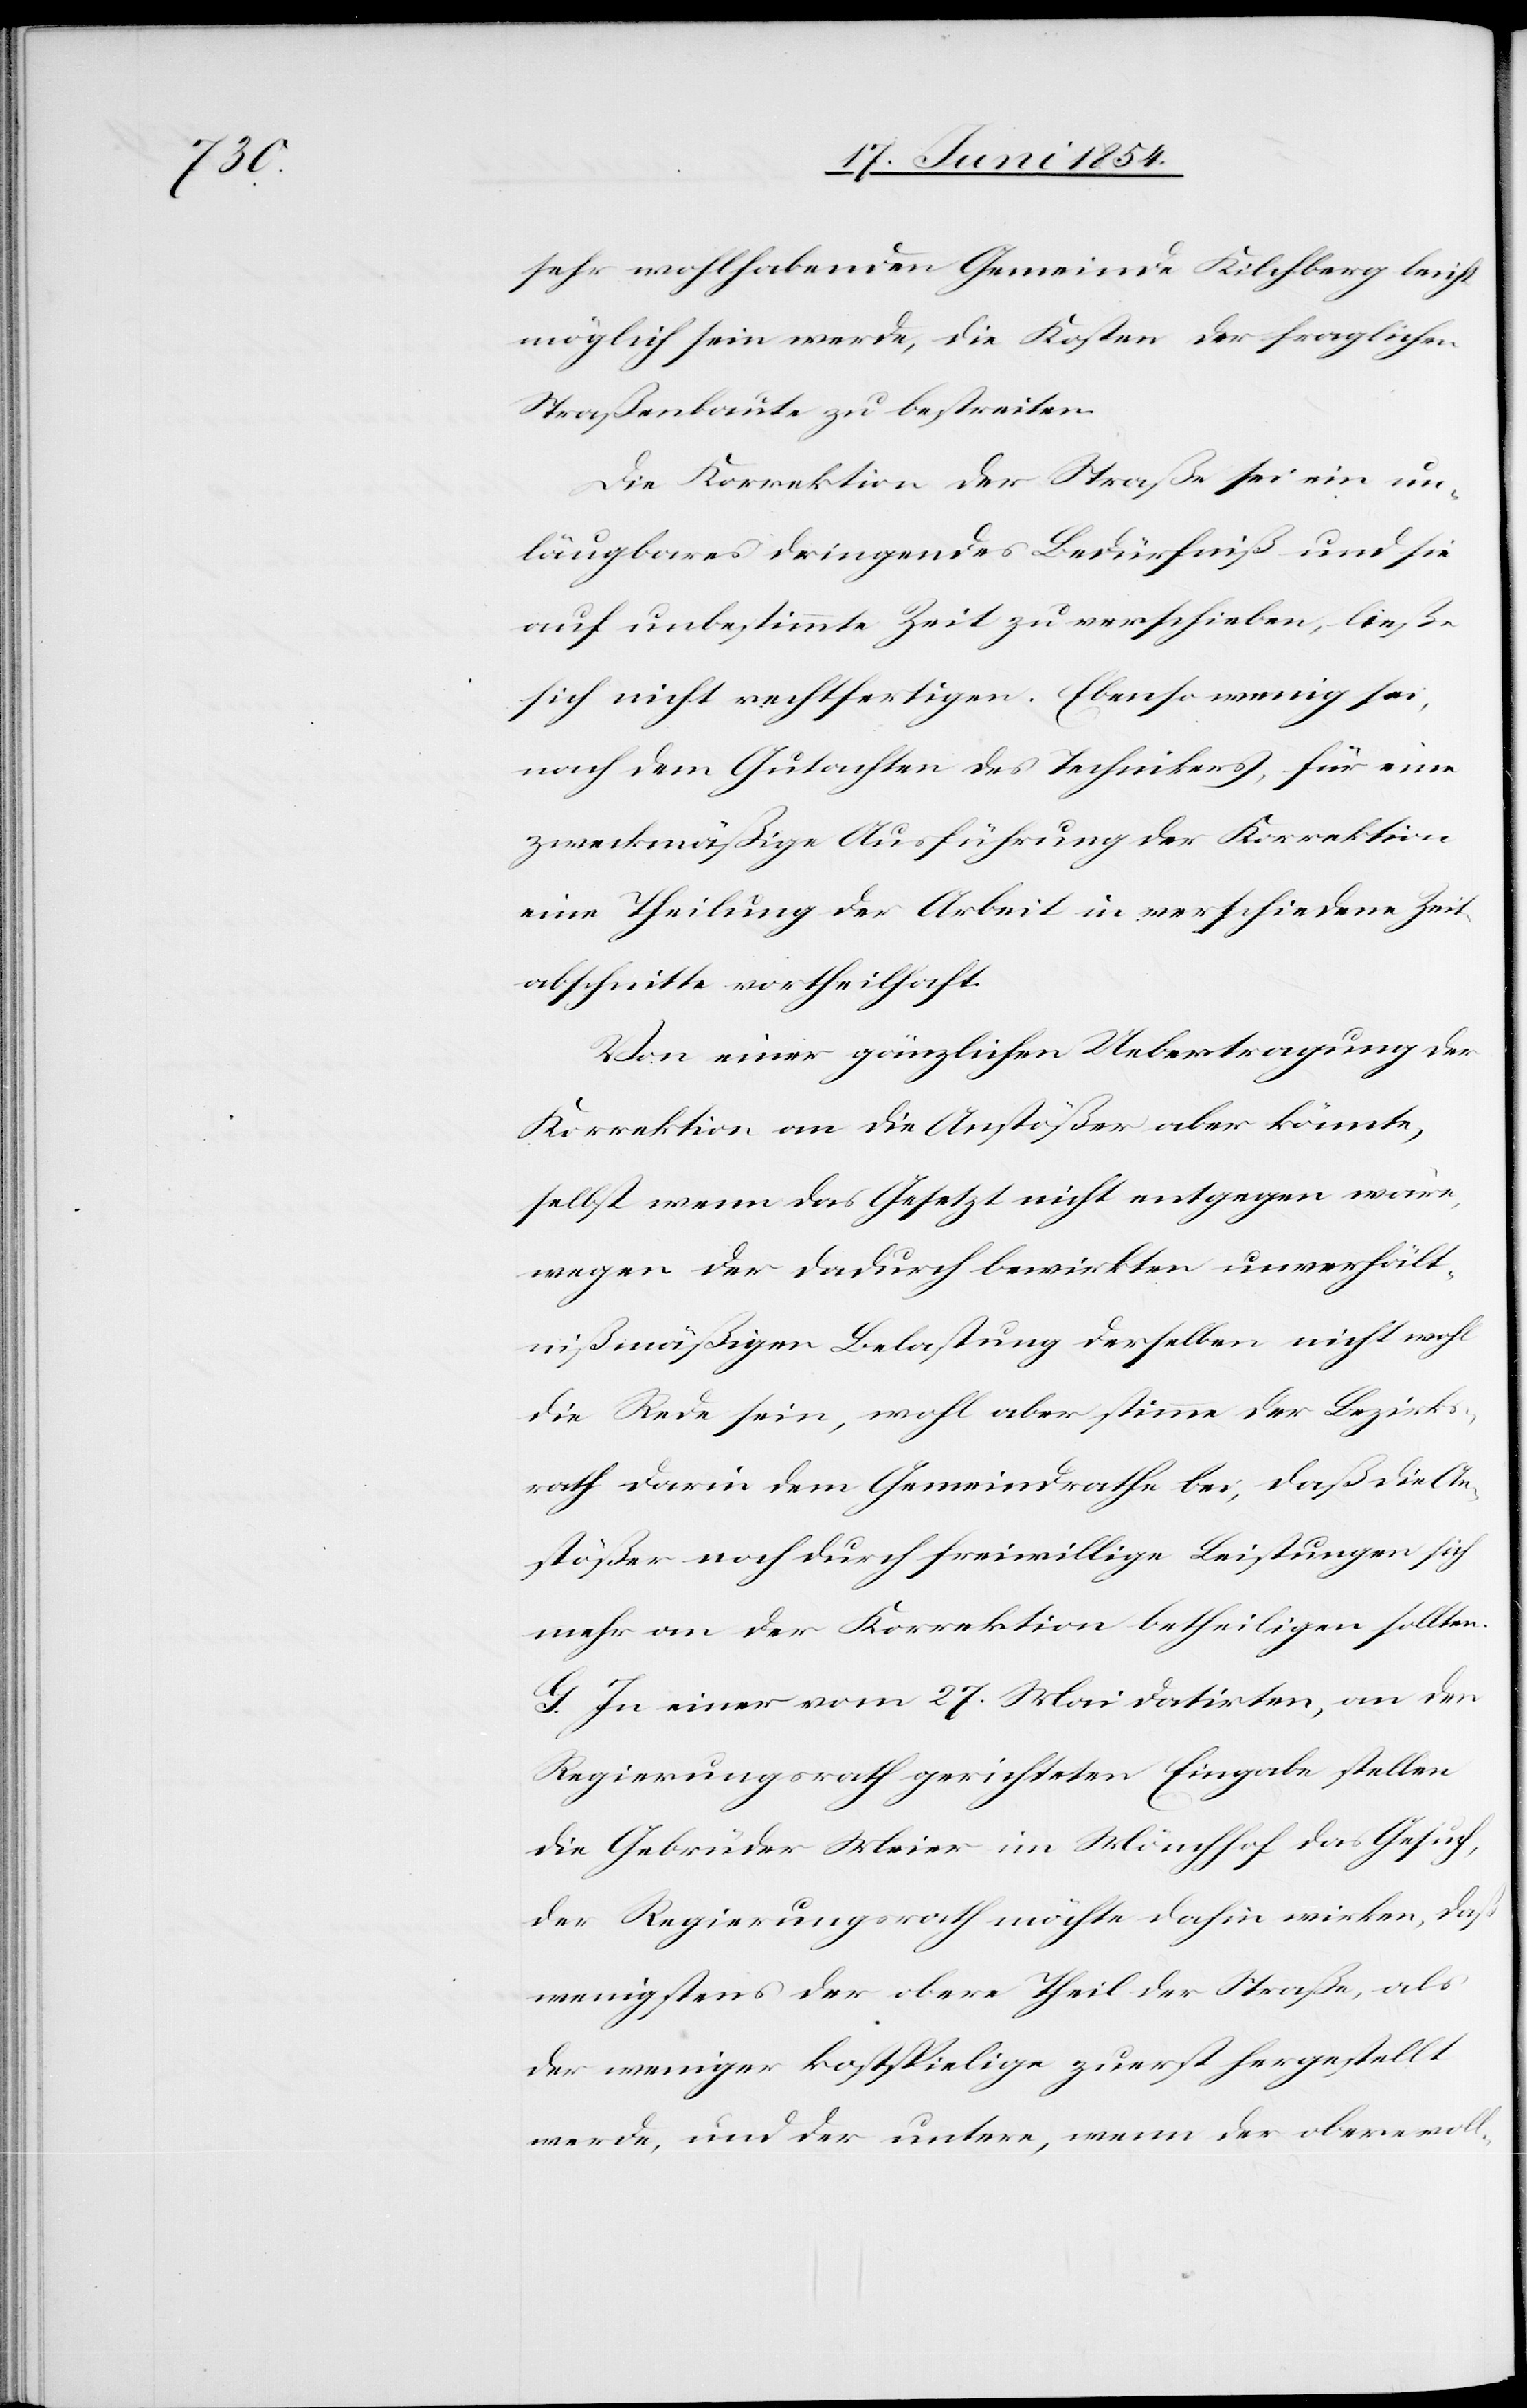
sehr wohlhabenden Gemeinde Kilchberg leicht
möglich sein werde, die Kosten der fraglichen
Straßenbaute zu bestreiten.
Die Korrektion der Straße sei ein un¬
läugbares dringendes Bedürfniß und sie
auf unbestimmte Zeit zu verschieben, ließe
sich nicht rechtfertigen. Ebenso wenig sei,
nach dem Gutachten des Technikers, für eine
zweckmäßige Ausführung der Korrektion
eine Theilung der Arbeit in verschiedene Zeit¬
abschnitte vortheilhaft.
Von einer gänzlichen Uebertragung der
Korrektion an die Anstößer aber könnte,
selbst wenn das Gesetz nicht entgegen wäre,
wegen der dadurch bewirkten unverhält¬
nißmäßigen Belastung derselben nicht wohl
die Rede sein, wohl aber stimme der Bezirks¬
rath darin dem Gemeindrathe bei, daß die An¬
stößer noch durch freiwillige Leistungen sich
mehr an der Korrektion betheiligen sollten.
G. In einer vom 27. Mai datirten, an den
Regierungsrath gerichteten Eingabe stellen
die Gebrüder Meier in Mönchhof das Gesuch,
der Regierungsrath möchte dahin wirken, daß
wenigstens der obere Theil der Straße, als
der weniger kostspielige zuerst hergestellt
werde, und der untere, wenn der obere voll-